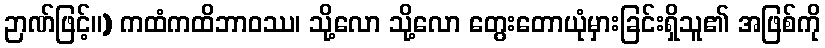
ဉာဏ်ဖြင့်။) ကထံကထိဘာဝဿ၊ သို့လော သို့လော တွေးတောယုံမှားခြင်းရှိသူ၏ အဖြစ်ကို